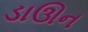
ડાઊન